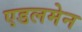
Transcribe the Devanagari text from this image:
एडलमेन